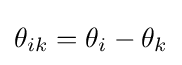
\theta _{ik}=\theta _{i}-\theta _{k}